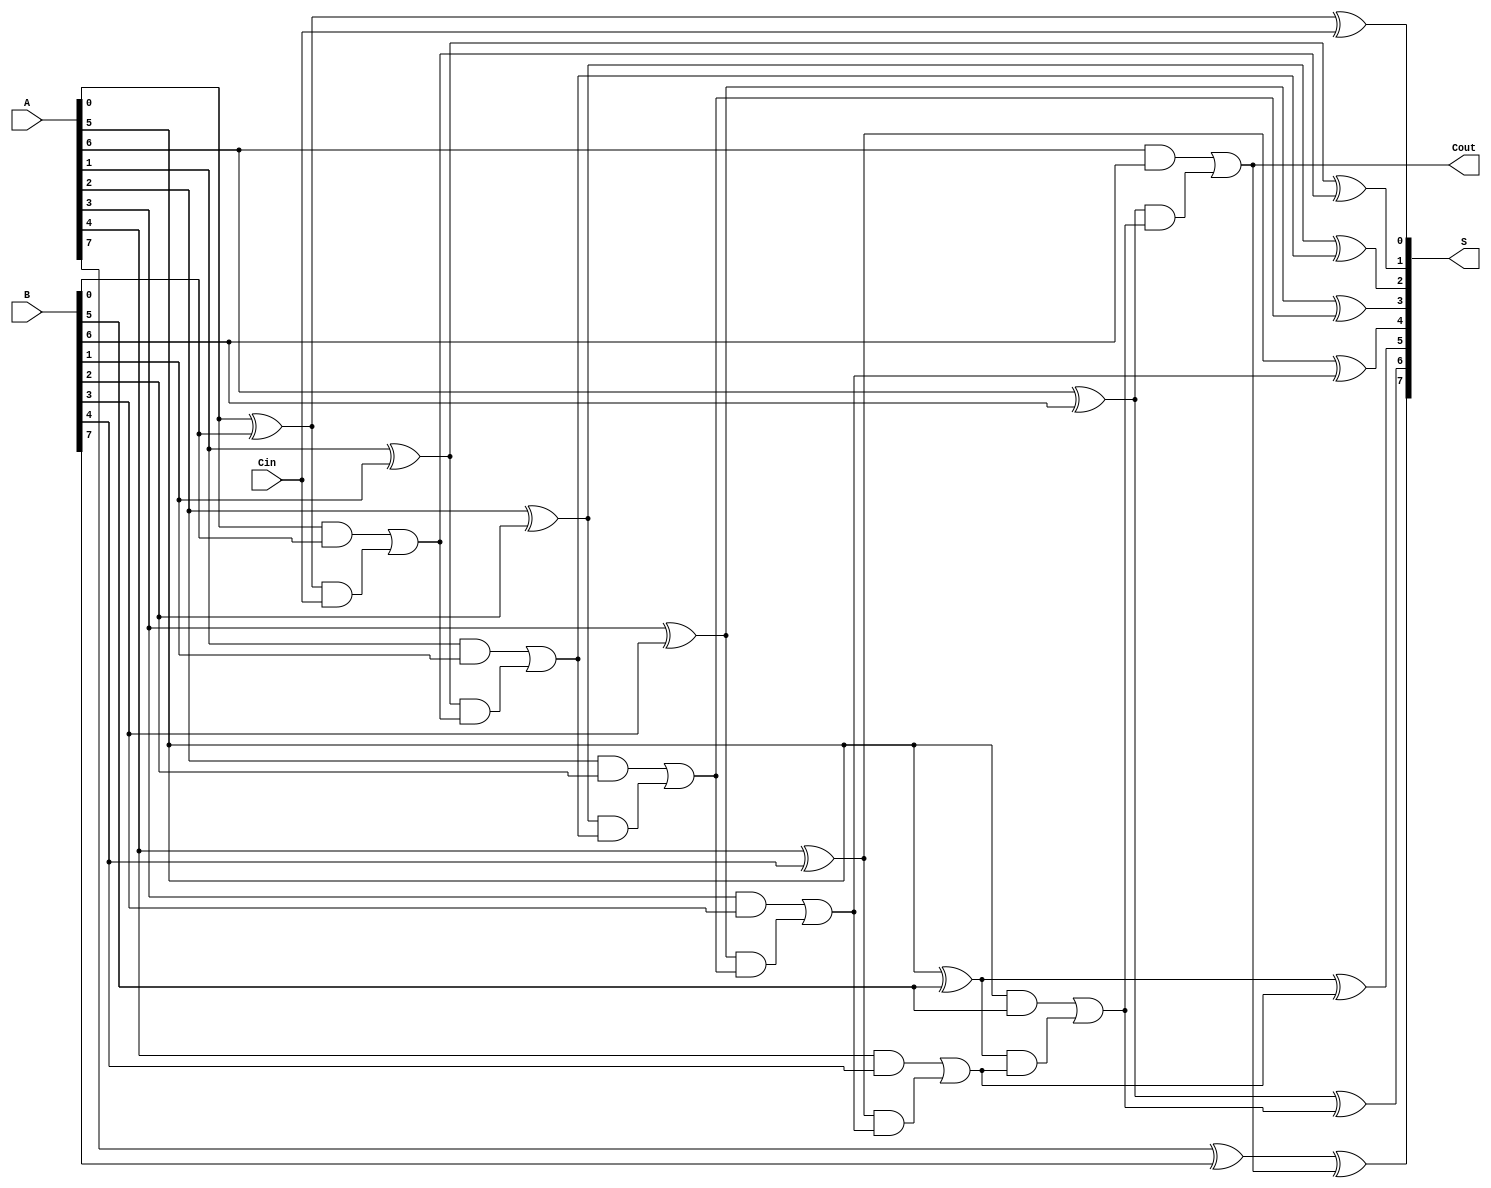
module KoggeStoneAdder #(parameter WIDTH = 8) (
    input  [WIDTH-1:0] A,     // Input A
    input  [WIDTH-1:0] B,     // Input B
    input         Cin,         // Carry in
    output [WIDTH-1:0] S,      // Sum output
    output        Cout         // Carry out
);

    // Generate and propagate signals
    wire [WIDTH-1:0] G; // Generate
    wire [WIDTH-1:0] P; // Propagate
    wire [WIDTH:0] C;    // Carry signals

    // Level 0 Generate and Propagate calculation
    genvar i;
    generate
        for (i = 0; i < WIDTH; i = i + 1) begin : gp_calculation
            assign G[i] = A[i] & B[i];
            assign P[i] = A[i] ^ B[i];
        end
    endgenerate

    // Carry Calculation Stages
    assign C[0] = Cin;

    // Level 1
    generate
        for (i = 1; i < WIDTH; i = i + 1) begin : level1
            assign C[i] = G[i-1] | (P[i-1] & C[i-1]);
        end
    endgenerate

    // Level 2
    generate
        for (i = 2; i < WIDTH; i = i + 1) begin : level2
            assign C[i] = G[i-1] | (P[i-1] & C[i-1]);
        end
    endgenerate

    // Additional Levels for greater WIDTHs can be added similarly
    // For simplicity, this implementation assumes WIDTH is <= 8.
    // The logic for more levels can be scaled and extended.

    // Final Carry out
    assign Cout = C[WIDTH-1];

    // Final Sum Calculation
    generate
        for (i = 0; i < WIDTH; i = i + 1) begin : sum_calculation
            assign S[i] = P[i] ^ C[i];
        end
    endgenerate

endmodule